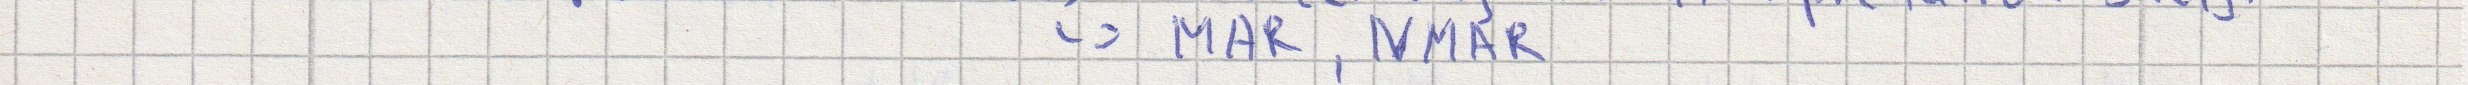
-> MAR, NMAR